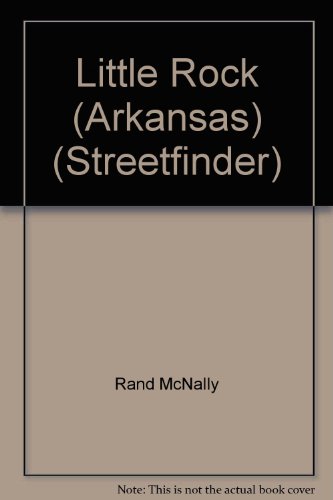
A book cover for Rand McNally Little Rock: Streetfinder ((Streetfinder Ser.)); Rand McNally; Travel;